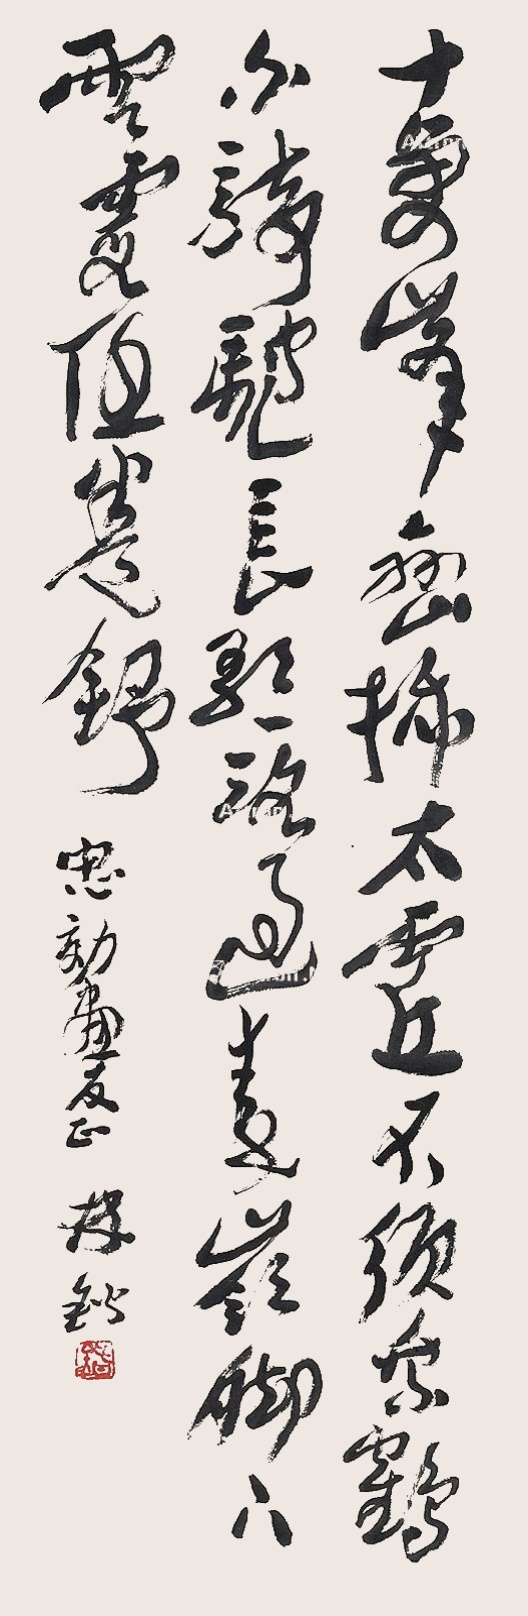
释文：十万峰峦扫太虚，不须乘鹤分骑驰。长歌一路过秦岭，脚下云霞任卷舒。忠效画友正，林锴。